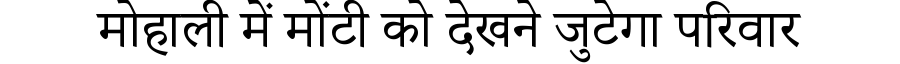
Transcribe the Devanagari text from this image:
मोहाली में मोंटी को देखने जुटेगा परिवार